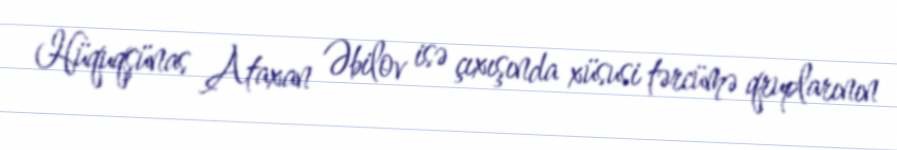
Hüquqşünas Ataxan Əbilov isə çıxışında xüsusi tərcümə qruplarının